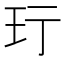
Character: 𬍐